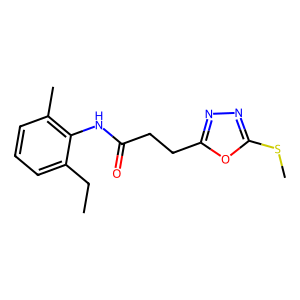
SMILES: CCc1cccc(C)c1NC(=O)CCc1nnc(SC)o1
Inhibits HIV replication: No